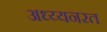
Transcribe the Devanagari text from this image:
अध्य्यनरत